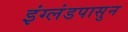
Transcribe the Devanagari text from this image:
इंग्लंडपासुन